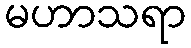
မဟာသရာ